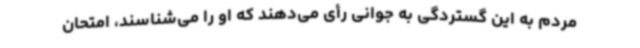
مردم به این گستردگی به جوانی رأی می‌دهند که او را می‌شناسند، امتحان